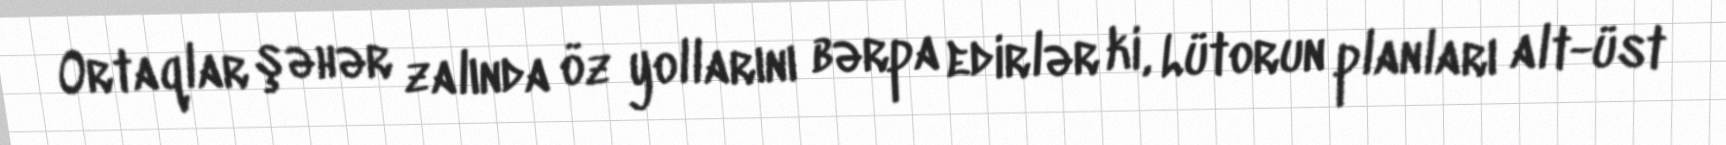
Ortaqlar şəhər zalında öz yollarını bərpa edirlər ki, Lütorun planları alt-üst